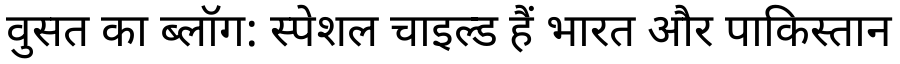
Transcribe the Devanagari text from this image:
वुसत का ब्लॉग: स्पेशल चाइल्ड हैं भारत और पाकिस्तान